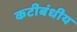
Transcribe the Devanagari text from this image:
कटीबंधीय